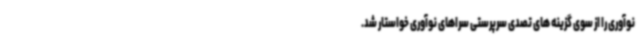
نوآوری را از سوی گزینه های تصدی سرپرستی سراهای نوآوری خواستار شد.